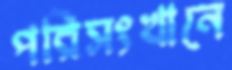
পরিসংখানে